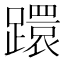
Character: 𨆈